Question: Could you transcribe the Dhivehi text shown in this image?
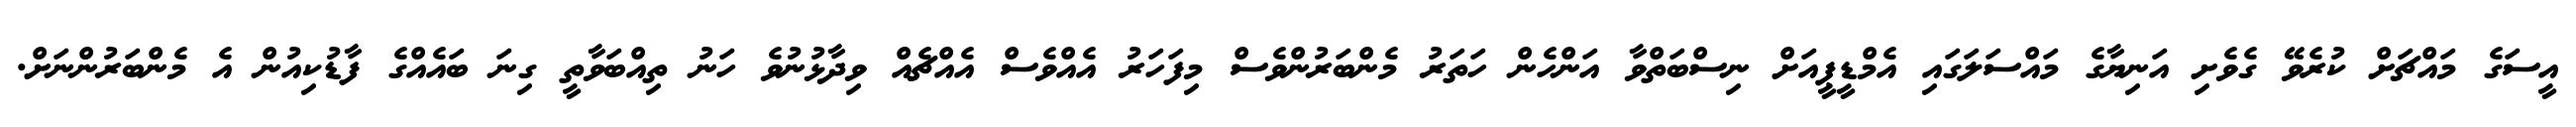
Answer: އީސަގެ މައްޗަށް ކުރެވޭ ގެވެށި އަނިޔާގެ މައްސަލަގައި އެމްޑީޕީއަށް ނިސްބަތްވާ އަންހެން ހަތަރު މެންބަރުންވެސް މިފަހަރު އެއްވެސް އެއްޗެއް ވިދާޅުނުވެ ހަނު ތިއްބަވާތީ ގިނަ ބައެއްގެ ފާޑުކިއުން އެ މެންބަރުންނަށް.